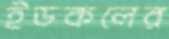
ইডকলের